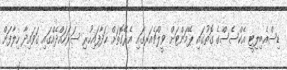
ޑިސްއެބިލިޓީ އެކްސެސްގެ ގޮތުގައި ޕޭމަންޓަށް ވީލްޗެއަރގައި އެރޭގޮތަށް ހަދާފައިހުރި ސަރަހައްދެއްގައި ގަވައިދާ ހިލާފަށް